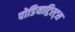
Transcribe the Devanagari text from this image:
पोडियाट्रिस्ट्स